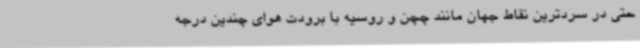
حتی در سردترین نقاط جهان مانند چچن و روسیه با برودت هوای چندین درجه